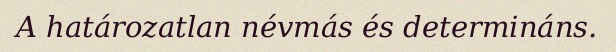
A határozatlan névmás és determináns.